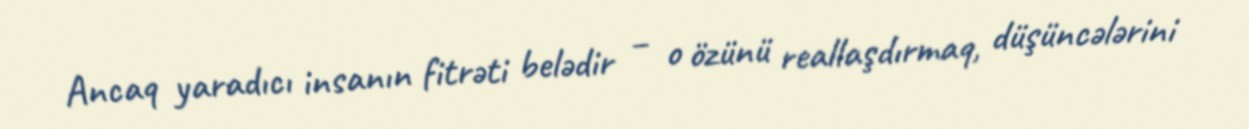
Ancaq yaradıcı insanın fitrəti belədir – o özünü reallaşdırmaq, düşüncələrini